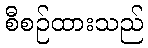
စီစဉ်ထားသည်